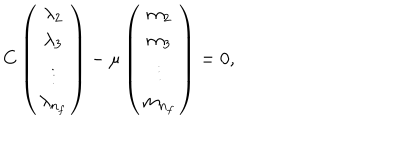
LaTeX: C \left( \begin{matrix} { { \lambda _ { 2 } } } \\ { { \lambda _ { 3 } } } \\ { { \vdots } } \\ { { \lambda _ { n _ { f } } } } \\ \end{matrix} \right) - \mu \left( \begin{matrix} { { m _ { 2 } } } \\ { { m _ { 3 } } } \\ { { \vdots } } \\ { { m _ { n _ { f } } } } \\ \end{matrix} \right) = 0 ,